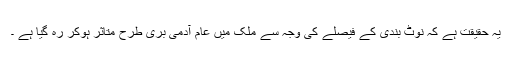
یہ حقیقت ہے کہ نوٹ بندی کے فیصلے کی وجہ سے ملک میں عام آدمی بری طرح متاثر ہوکر رہ گیا ہے ۔